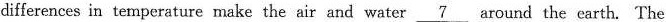
differences in temperature make the air and water \underline{7} around the earth. The